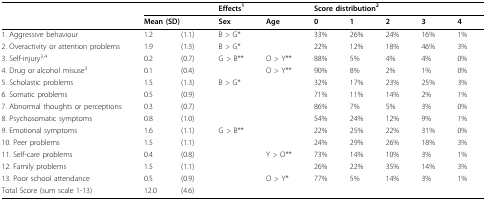
<table><thead><tr><td></td><td></td><td></td><td colspan="2"><b>Effects<sup>1</sup></b></td><td colspan="5"><b>Score distribution<sup>2</sup></b></td></tr><tr><td></td><td colspan="2"><b>Mean (SD)</b></td><td><b>Sex</b></td><td><b>Age</b></td><td><b>0</b></td><td><b>1</b></td><td><b>2</b></td><td><b>3</b></td><td><b>4</b></td></tr></thead><tbody><tr><td>1. Aggressive behaviour</td><td>1.2</td><td>(1.1)</td><td>B &gt; G*</td><td></td><td>33%</td><td>26%</td><td>24%</td><td>16%</td><td>1%</td></tr><tr><td>2. Overactivity or attention problems</td><td>1.9</td><td>(1.3)</td><td>B &gt; G*</td><td></td><td>22%</td><td>12%</td><td>18%</td><td>46%</td><td>3%</td></tr><tr><td>3. Self-injury<sup>3,4</sup></td><td>0.2</td><td>(0.7)</td><td>G &gt; B**</td><td>O &gt; Y**</td><td>88%</td><td>5%</td><td>4%</td><td>4%</td><td>0%</td></tr><tr><td>4. Drug or alcohol misuse<sup>3</sup></td><td>0.1</td><td>(0.4)</td><td></td><td>O &gt; Y**</td><td>90%</td><td>8%</td><td>2%</td><td>1%</td><td>0%</td></tr><tr><td>5. Scholastic problems</td><td>1.5</td><td>(1.3)</td><td>B &gt; G*</td><td></td><td>32%</td><td>17%</td><td>23%</td><td>25%</td><td>3%</td></tr><tr><td>6. Somatic problems</td><td>0.5</td><td>(0.9)</td><td></td><td></td><td>71%</td><td>11%</td><td>14%</td><td>2%</td><td>1%</td></tr><tr><td>7. Abnormal thoughts or perceptions</td><td>0.3</td><td>(0.7)</td><td></td><td></td><td>86%</td><td>7%</td><td>5%</td><td>3%</td><td>0%</td></tr><tr><td>8. Psychosomatic symptoms</td><td>0.8</td><td>(1.0)</td><td></td><td></td><td>54%</td><td>24%</td><td>12%</td><td>9%</td><td>1%</td></tr><tr><td>9. Emotional symptoms</td><td>1.6</td><td>(1.1)</td><td>G &gt; B**</td><td></td><td>22%</td><td>25%</td><td>22%</td><td>31%</td><td>0%</td></tr><tr><td>10. Peer problems</td><td>1.5</td><td>(1.1)</td><td></td><td></td><td>24%</td><td>29%</td><td>26%</td><td>18%</td><td>3%</td></tr><tr><td>11. Self-care problems</td><td>0.4</td><td>(0.8)</td><td></td><td>Y &gt; O**</td><td>73%</td><td>14%</td><td>10%</td><td>3%</td><td>1%</td></tr><tr><td>12. Family problems</td><td>1.5</td><td>(1.1)</td><td></td><td></td><td>26%</td><td>22%</td><td>35%</td><td>14%</td><td>3%</td></tr><tr><td>13. Poor school attendance</td><td>0.5</td><td>(0.9)</td><td></td><td>O &gt; Y*</td><td>77%</td><td>5%</td><td>14%</td><td>3%</td><td>1%</td></tr><tr><td>Total Score (sum scale 1-13)</td><td>12.0</td><td>(4.6)</td><td></td><td></td><td></td><td></td><td></td><td></td><td></td></tr></tbody></table>